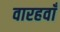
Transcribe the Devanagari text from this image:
वारहवाँ